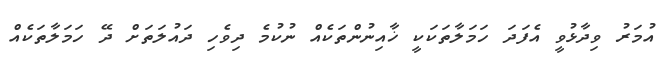
އުމަރު ވިދާޅުވީ އެފަދަ ހަމަލާތަކަކީ ޚާއިނުންތަކެއް ނުކުމެ ދިވެހި ދައުލަތަށް ދޭ ހަމަލާތަކެއް